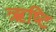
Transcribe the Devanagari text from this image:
ऋष्टि